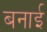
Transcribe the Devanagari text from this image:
बनार्इ